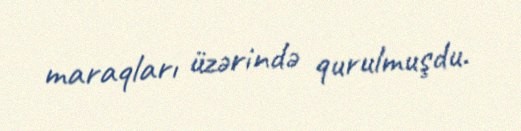
maraqları üzərində qurulmuşdu.